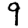
Digit: 9